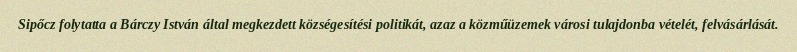
Sipőcz folytatta a Bárczy István által megkezdett községesítési politikát, azaz a közműüzemek városi tulajdonba vételét, felvásárlását.